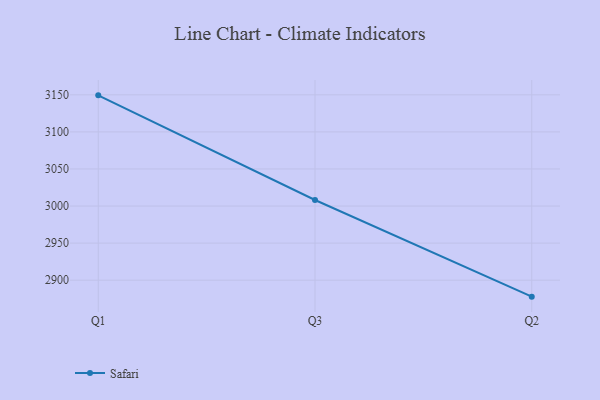
{"axis": {"x": "Quarter", "y": "Page Views"}, "legend": ["Safari"], "data": [{"x": "Q1", "y": 3149.3, "type": "Safari"}, {"x": "Q3", "y": 3008.2, "type": "Safari"}, {"x": "Q2", "y": 2877.8, "type": "Safari"}]}